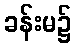
ခန်းမ၌